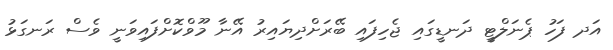
އަދ ފަހު ޕެނަލްޓީ ދަނޑީގައި ޖެހިފައި ބޭރަށްދިޔައިރު އޭނާ މޫވްކޮށްފައިވަނީ ވެސް ރަނގަޅު